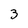
Character: 3